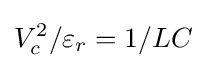
V_{c}^{2}/\varepsilon _{r}=1/LC